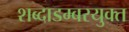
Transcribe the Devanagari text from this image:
शब्दाडम्बरयुक्त